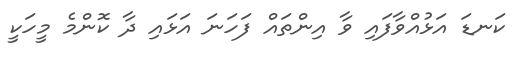
ކަނޑަ އަޅުއްވާފައި ވާ އިންތައް ފަހަނަ އަޅައި ދާ ކޮންމެ މީހަކީ